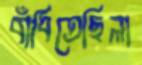
বাঁধিতেছিলা